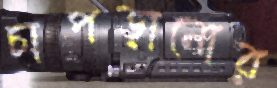
চাপড়ানোর